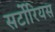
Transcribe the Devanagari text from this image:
सर्टोरियस